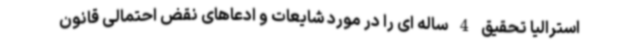
استرالیا تحقیق 4 ساله ای را در مورد شایعات و ادعاهای نقض احتمالی قانون